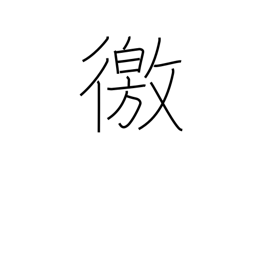
Meaning: enquire